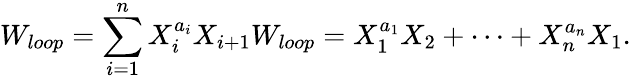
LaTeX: W_{loop}=\sum_{i=1}^{n}{X_{i}^{a_{i}}X_{i+1}}W_{loop}=X_{1}^{a_{1}}X_{2}+\cdots+X_{n}^{a_{n}}X_{1}.